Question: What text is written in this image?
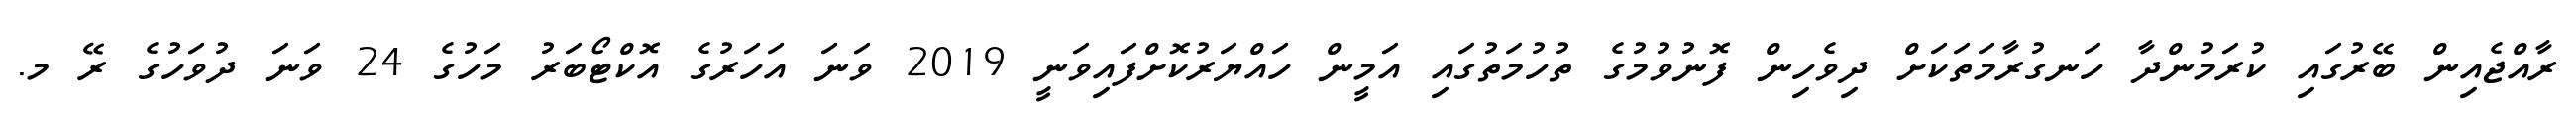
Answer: ރާއްޖެއިން ބޭރުގައި ކުރަމުންދާ ހަނގުރާމަތަކަށް ދިވެހިން ފޮނުވުމުގެ ތުހުމަތުގައި އަމީން ހައްޔަރުކޮށްފައިވަނީ 2019 ވަނަ އަހަރުގެ އޮކްޓޯބަރު މަހުގެ 24 ވަނަ ދުވަހުގެ ރޭ މ.